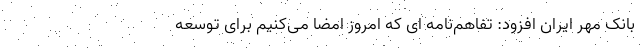
بانک مهر ایران افزود: تفاهم‌نامه ای که امروز امضا می‌کنیم برای توسعه